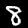
Label: 8